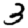
Digit: 3